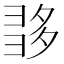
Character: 𡖩